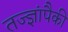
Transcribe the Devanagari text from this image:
तज्‍ज्ञांपैकी